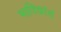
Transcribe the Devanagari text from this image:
भाविकांचं